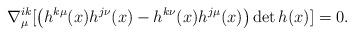
LaTeX: \begin{align*}\nabla^{ik}_\mu [ \left(h^{k\mu}(x)h^{j\nu}(x)-h^{k\nu}(x)h^{j\mu}(x)\right) \det h(x)] = 0.\end{align*}